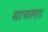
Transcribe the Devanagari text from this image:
साचला।